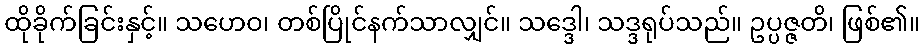
ထိုခိုက်ခြင်းနှင့်။ သဟေဝ၊ တစ်ပြိုင်နက်သာလျှင်။ သဒ္ဒေါ၊ သဒ္ဒရုပ်သည်။ ဥပ္ပဇ္ဇတိ၊ ဖြစ်၏။